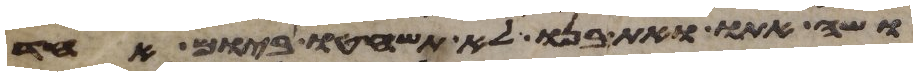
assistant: ושה אתו ואת בנו לא תשחטו ביום אחד